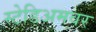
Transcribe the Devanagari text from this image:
स्टेडिअमवर